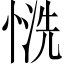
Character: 𢝚